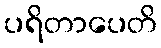
ပရိတာပေတိ